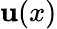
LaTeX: \mathbf{u}(x)